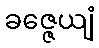
ခဇ္ဇေယျံ